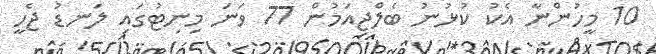
10 މީހުންނާ އެކު ކުޅުނު ބެލްޖިއަމުން 77 ވަނަ މިނިޓުގައި ލަނޑު ޖެހީ